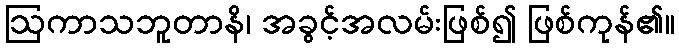
ဩကာသဘူတာနိ၊ အခွင့်အလမ်းဖြစ်၍ ဖြစ်ကုန်၏။